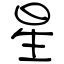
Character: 星